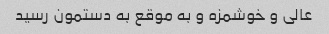
عالی و خوشمزه و به موقع به دستمون رسید